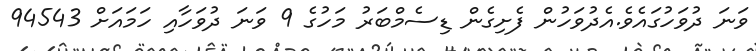
ވަނަ ދުވަހުގައެވެ.އެދުވަހުން ފެށިގެން ޑިސެމްބަރު މަހުގެ 9 ވަނަ ދުވަހާއި ހަމައަށް 94543